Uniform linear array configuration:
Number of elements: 32
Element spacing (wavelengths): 0.75
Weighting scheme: binomial
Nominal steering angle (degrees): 60
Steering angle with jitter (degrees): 60.365
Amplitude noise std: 0.05
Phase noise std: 0.05

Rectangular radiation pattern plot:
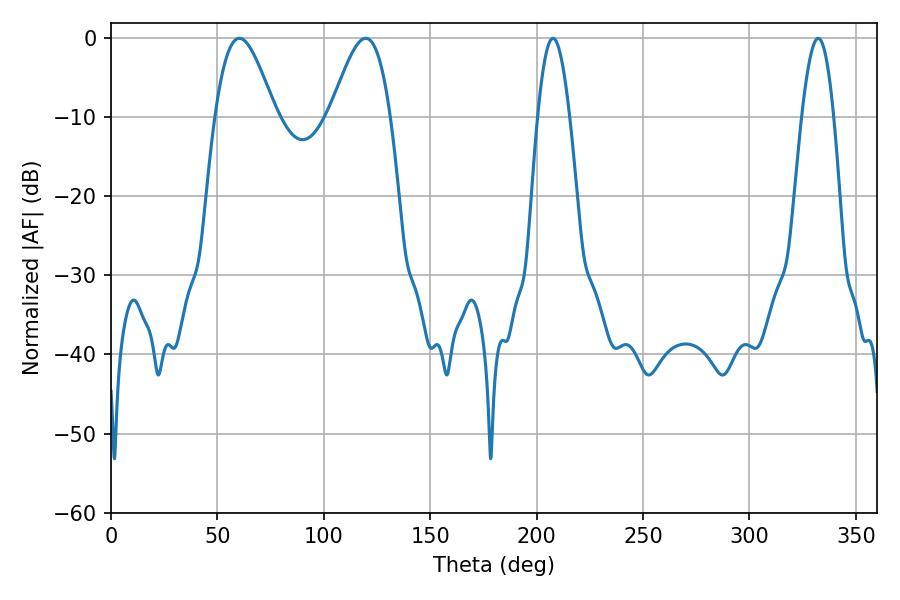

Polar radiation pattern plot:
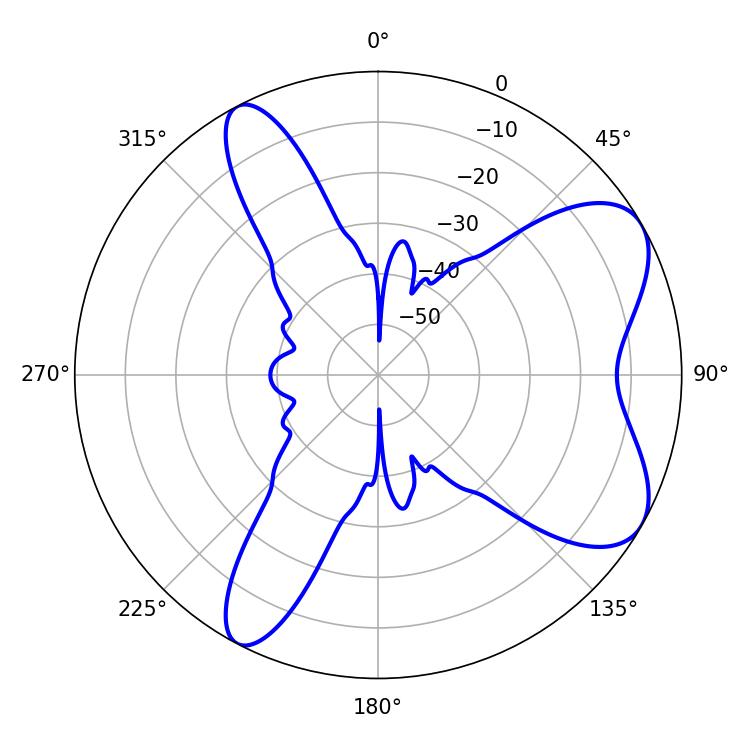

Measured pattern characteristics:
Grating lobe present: TRUE
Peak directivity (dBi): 7.156
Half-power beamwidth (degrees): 15.12
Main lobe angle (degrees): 60.3